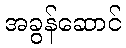
အခွန်ဆောင်